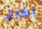
اشرح